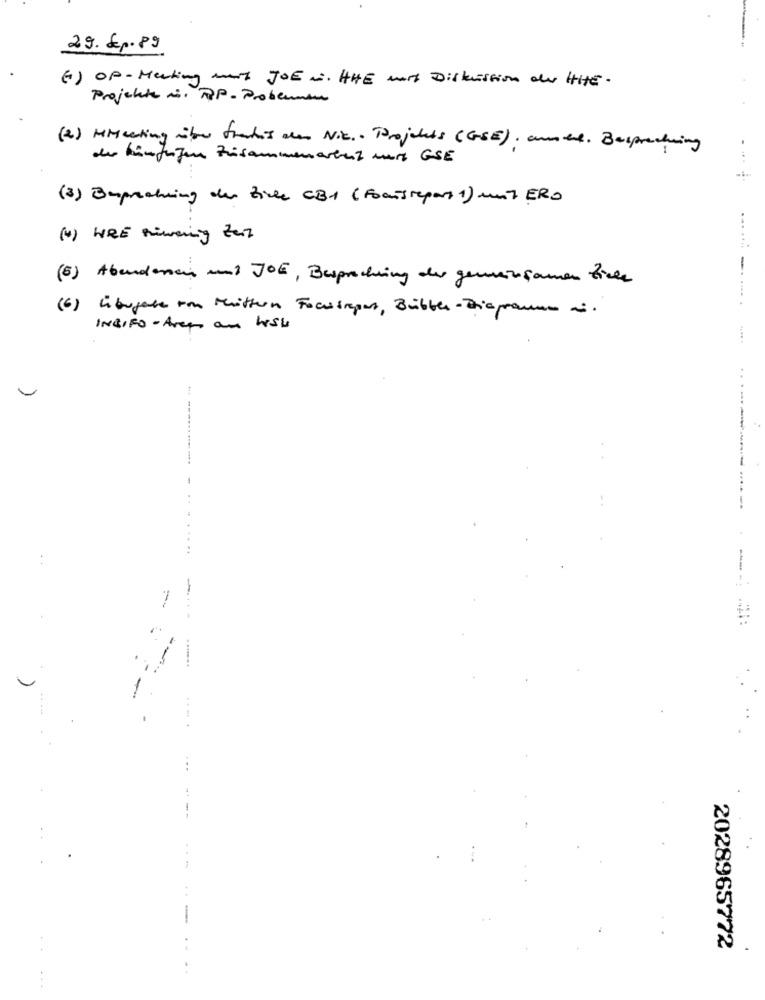
29. Ep.89
(6) OP - Meeting must JOE is, THE most Diskussion du HHE.
Projekte is. RP- Probeman
(2) MMeeting nibu thatis ale Nic .. Projekts (GSE), amere. Besprechening
der infrozen Zusammenarter z mur GSE
(3) Emprichting de file CB1 (Focusrepars 1) und ERO
( 1) WRE niwering Zes
(6) Abendessen und JOE, Besprechung der gemeinsamen Ziele
(6) Libugabe um Mitten Fachsuper, Bülten - Die panne i.
INGIFO - Area an Wiss
.----------
---
--
. .
-
. .
2028965772